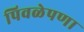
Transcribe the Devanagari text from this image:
पिवळेपणा